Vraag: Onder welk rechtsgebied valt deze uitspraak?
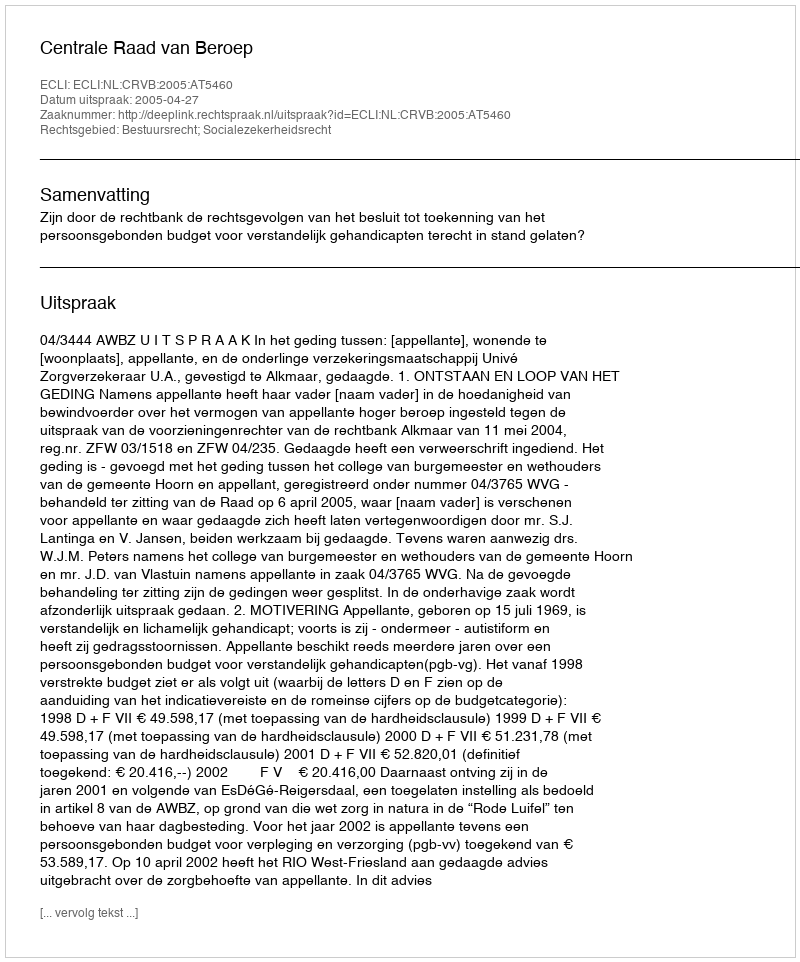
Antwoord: Bestuursrecht; Socialezekerheidsrecht